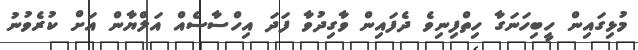
މުޅިގައިން ހީބިހަނަގާ ހިތްފިނިވެ ދެފައިން ވާގިދުވާ ފަދަ އިހްސާސެއް އަލްޔާން އަށް ކުރެވުުނު